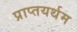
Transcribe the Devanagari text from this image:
प्राप्तयर्थम